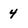
Character: 4